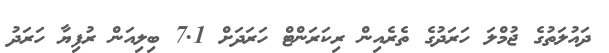
ދައުލަތުގެ ޖުމްލަ ހަރަދުގެ ތެރެއިން ރިކަރަންޓް ހަރަދަށް 7.1 ބިލިއަން ރުފިޔާ ހަރަދު